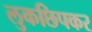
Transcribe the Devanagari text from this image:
लुकछिपकर